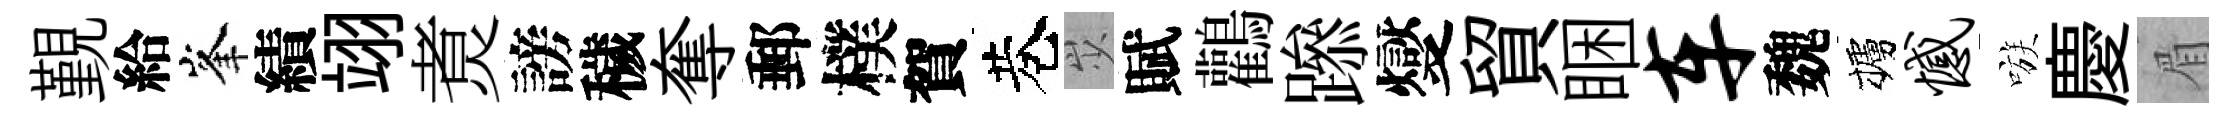
覲給峯績翊煑謗穢奪郵樸賀巷𡵯賦鸛𨅶燮貿睏车魏櫨憾嗾慶眉